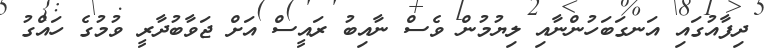
ދިފާއުގައި އަނގަބަހުންނާއި ލިޔުމުން ވެސް ނާއިބު ރައީސް އަށް ޖަވާބުދާރީ ވުމުގެ ހައްގު